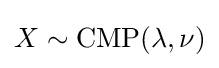
X\sim {\mbox{CMP}}(\lambda ,\nu )